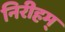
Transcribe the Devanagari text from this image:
निरीहम्